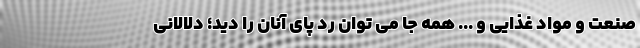
صنعت و مواد غذایی و ... همه جا می توان رد پای آنان را دید؛ دلالانی